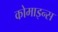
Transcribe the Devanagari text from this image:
कोमाइन्स